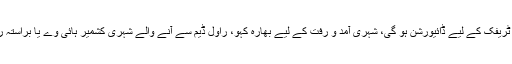
چاند تارا چوک سے ڈھوکڑی چوک تک کشمیر ہائی وے ٹریفک کے لیے ڈائیورشن ہو گی، شہری آمد و رفت کے لیے بھارہ کہو، راول ڈیم سے آنے والے شہری کشمیر ہائی وے یا براستہ راول ڈیم چوک، فیض آباد سے فیصل ایونیو استعمال کریں۔